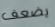
يضعف